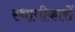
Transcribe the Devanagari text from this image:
स्थायीकारों